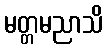
မတ္တမညာသိ